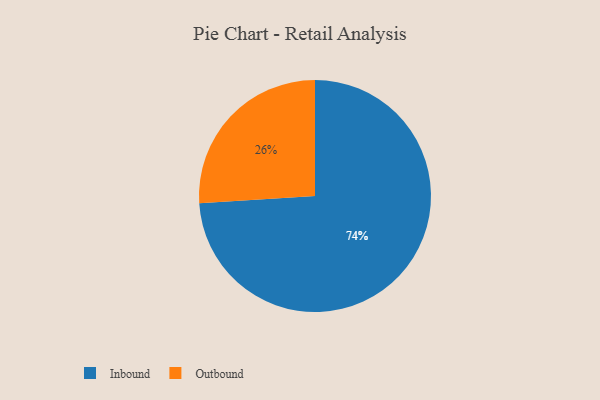
{"axis": {"x": "Category", "y": "Percentage"}, "legend": ["Inbound", "Outbound"], "data": [{"x": "Outbound", "y": 26, "type": "Outbound"}, {"x": "Inbound", "y": 74, "type": "Inbound"}]}